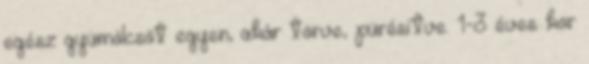
egész gyümölcsöt egyen, akár törve, pürésítve. 1-3 éves kor